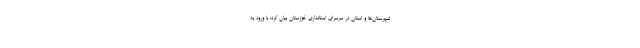
شهرستان‌ها و استان در سرسرای استانداری خوزستان بیان کرد: با ورود به